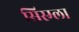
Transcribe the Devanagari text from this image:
सिस्म्ला